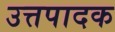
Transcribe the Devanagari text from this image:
उत्तपादक